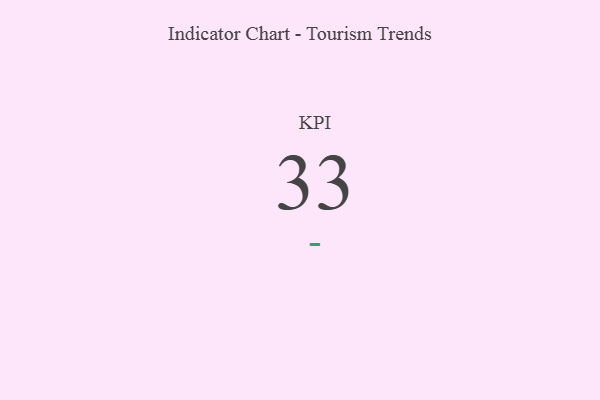
{"axis": {"x": "KPI", "y": "Value"}, "legend": [""], "data": [{"x": "KPI", "y": 33, "type": ""}]}